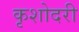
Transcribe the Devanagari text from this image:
कृशोदरी